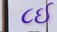
૮ઈ